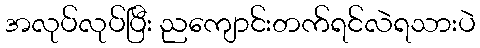
အလုပ်လုပ်ပြီး ညကျောင်းတက်ရင်လဲရသားပဲ